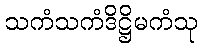
သကံသကံဒိဋ္ဌိမကံသု